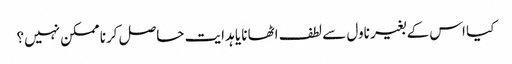
کیا اس کے بغیر ناول سے لطف اٹھانا یا ہدایت حاصل کرنا ممکن نہیں؟